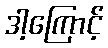
ဒါ့ကြောင့်